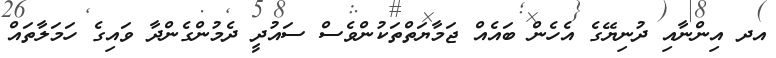
އދ އިންނާއި ދުނިޔޭގެ އެހެން ބައެއް ޖަމާޔަތްތަކުންވެސް ސައުދީ ދެމުންގެންދާ ވައިގެ ހަމަލާތައް